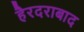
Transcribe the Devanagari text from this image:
हैरदराबाद